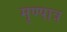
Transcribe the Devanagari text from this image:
मृण्पात्र